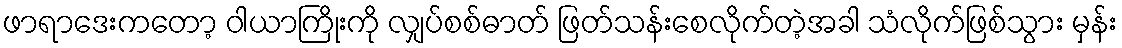
ဖာရာဒေးကတော့ ဝါယာကြိုးကို လျှပ်စစ်ဓာတ် ဖြတ်သန်းစေလိုက်တဲ့အခါ သံလိုက်ဖြစ်သွား မှန်း